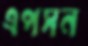
এপসন